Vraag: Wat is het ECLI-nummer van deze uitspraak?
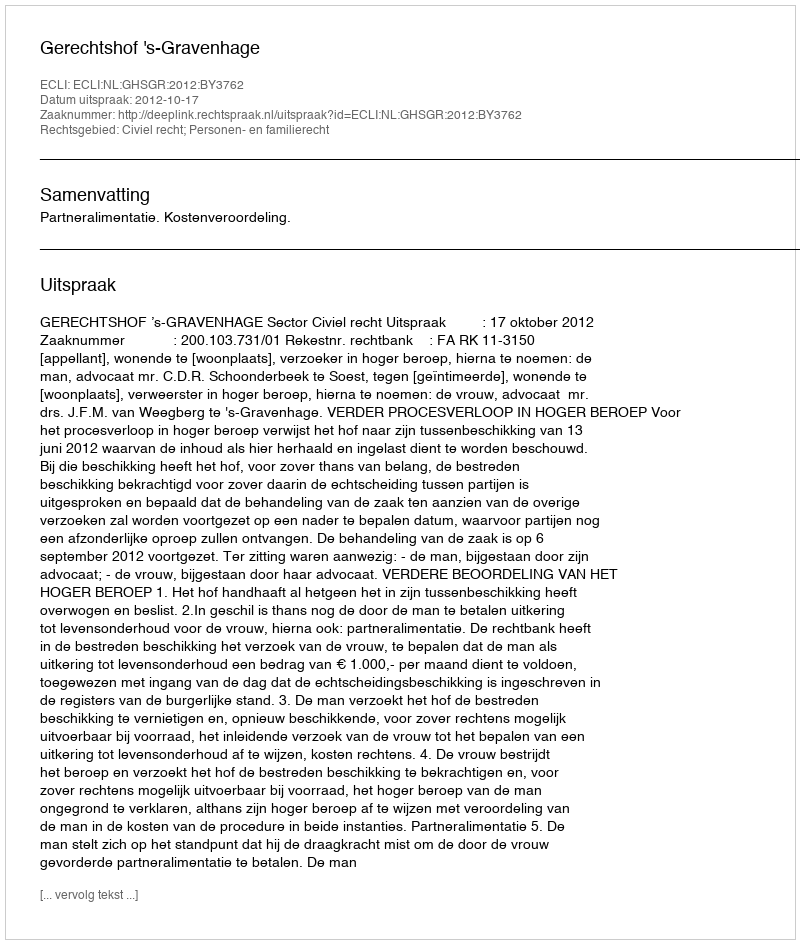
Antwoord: ECLI:NL:GHSGR:2012:BY3762